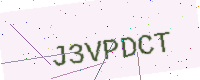
Text: J3VPDCT